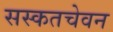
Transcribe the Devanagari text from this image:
सस्कतचेवन